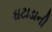
ઘટાડાની